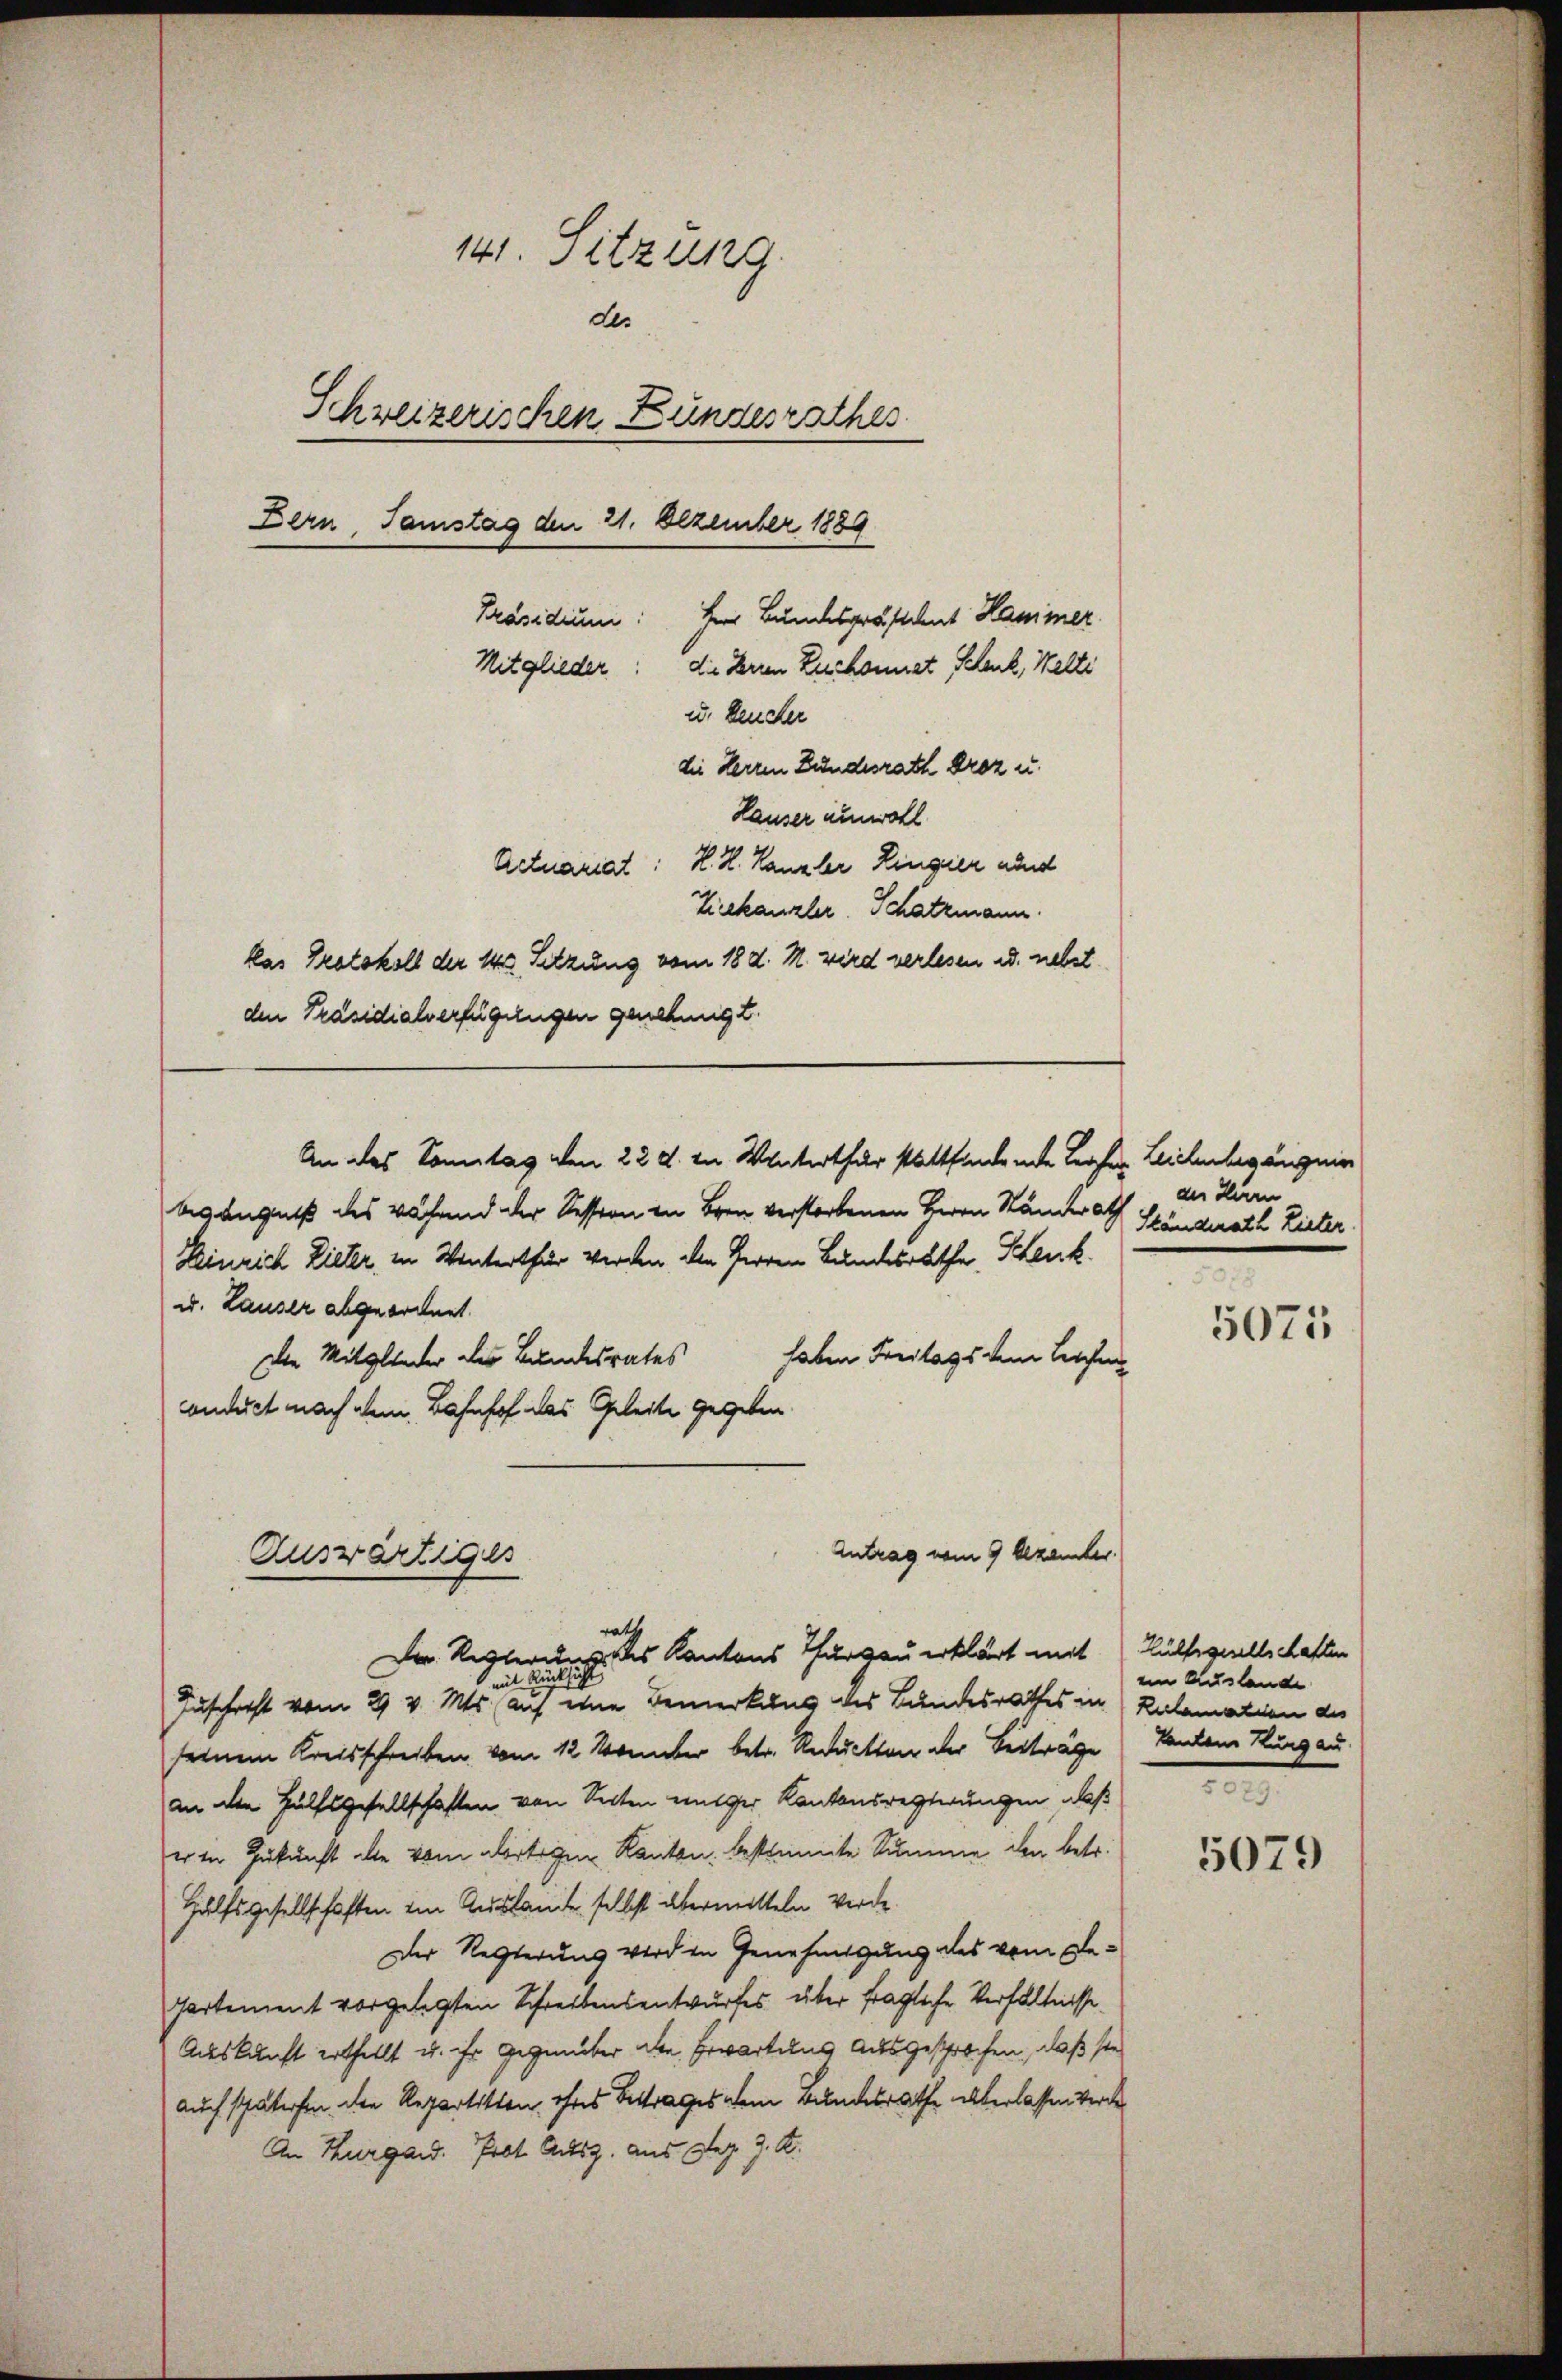
kas Protokoll der 140 Setzung vom 18 d. M. wird verlesen u. nebst
den Präsidialverfügungen genehmigt.

141. Sitzung
des
Schweizerischen Bundesrathes.
Bern, Samstag den 21. Dezember 1889
Präsidium
Herr Bundespräsident Hammer.
Mitglieder
die Herren Zuschonnet Schenk, Walte
u. Wender
die Herren Bundesrath Droz u.
Hauser unwohl
Actuariat: K. K. Kanzler Lingier und
Vieekanzler. Schatzmann.

An des Sonntag von 22 d. in Winterthur stattfindende Leister Leichenbegängene
begängniß des während der Session in Bren verstorbenen Herrn Standerath
Heinrich Lieber im Winterthur werden den Herren Bundesrathe, Kenk.
u. Lauser abgeordnet.
haben Freitags dem Leiche
Die Mitglieder des Bundesrates
conduct nach dem Bahnhof das Geleite gegeben.
Antrag vom 9 Dezember.
Auswärtiges

e
Dr. Regleraus des Kantons Thurgau erklärt mit Hülfsgesellschaften

mit Rücks
4
Zuschrift vom 29 v. Mts. auf eine Bemerkung des Bundesrathes in
seinem Kreisschreiben vom 12. Nonnter betr. Reduckten der Beiträge
an die Hülfsgesellschaften von Seiten mitger Kantonsresterungen, daß
er in Zukunft die vom dortigen Kanton bestimmte Summe den betr.
Hülfsgesellschaften im Auslande selbst übermitteln werde.
Der Regierung werden Genehmigung des vom De¬
Partement vorgelegten Schreibensentwurfes über fragliche Verhältnisse
Auskunft ertheilt u. ihr Gegenüber die Erwartung ausgesprochen, daß sie
auch schuterten den Repartitten, ohnes Bettrages dem Bundesrathe überlassen werde
An Kurgaud. Frot Ausz. aus Dez. 9. K.

an Herrn
Ständerath Lister.
5071

eim Auslande
Reclamation des
Tanten Thurgau.
2

5079